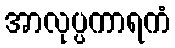
အာလုပ္ပကာရကံ